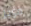
موجز